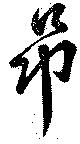
昂